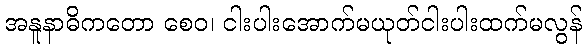
အနူနာဓိကတော စေဝ၊ ငါးပါးအောက်မယုတ်ငါးပါးထက်မလွန်